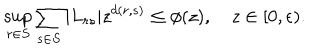
\sup _ { r \in S } { \sum _ { s \in S } { | L _ { r s } | z ^ { d ( r , s ) } \le \phi ( z ) } } , \quad z \in [ 0 , \epsilon ) .